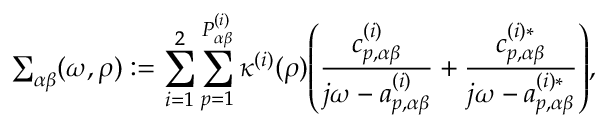
{ \textstyle \sum _ { { \alpha \beta } } } ( \omega , \rho ) : = \sum _ { i = 1 } ^ { 2 } \sum _ { p = 1 } ^ { P _ { \alpha \beta } ^ { ( i ) } } \kappa ^ { ( i ) } ( \rho ) \! \left( \frac { c _ { p , \alpha \beta } ^ { ( i ) } } { j \omega - a _ { p , \alpha \beta } ^ { ( i ) } } + \frac { c _ { p , \alpha \beta } ^ { ( i ) * } } { j \omega - a _ { p , \alpha \beta } ^ { ( i ) * } } \right) \! , \medskip